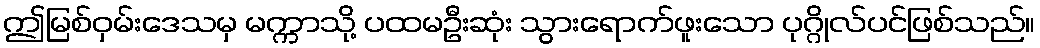
ဤမြစ်ဝှမ်းဒေသမှ မက္ကာသို့ ပထမဦးဆုံး သွားရောက်ဖူးသော ပုဂ္ဂိုလ်ပင်ဖြစ်သည်။